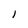
Character: l